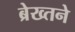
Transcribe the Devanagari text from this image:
ब्रेख्तने